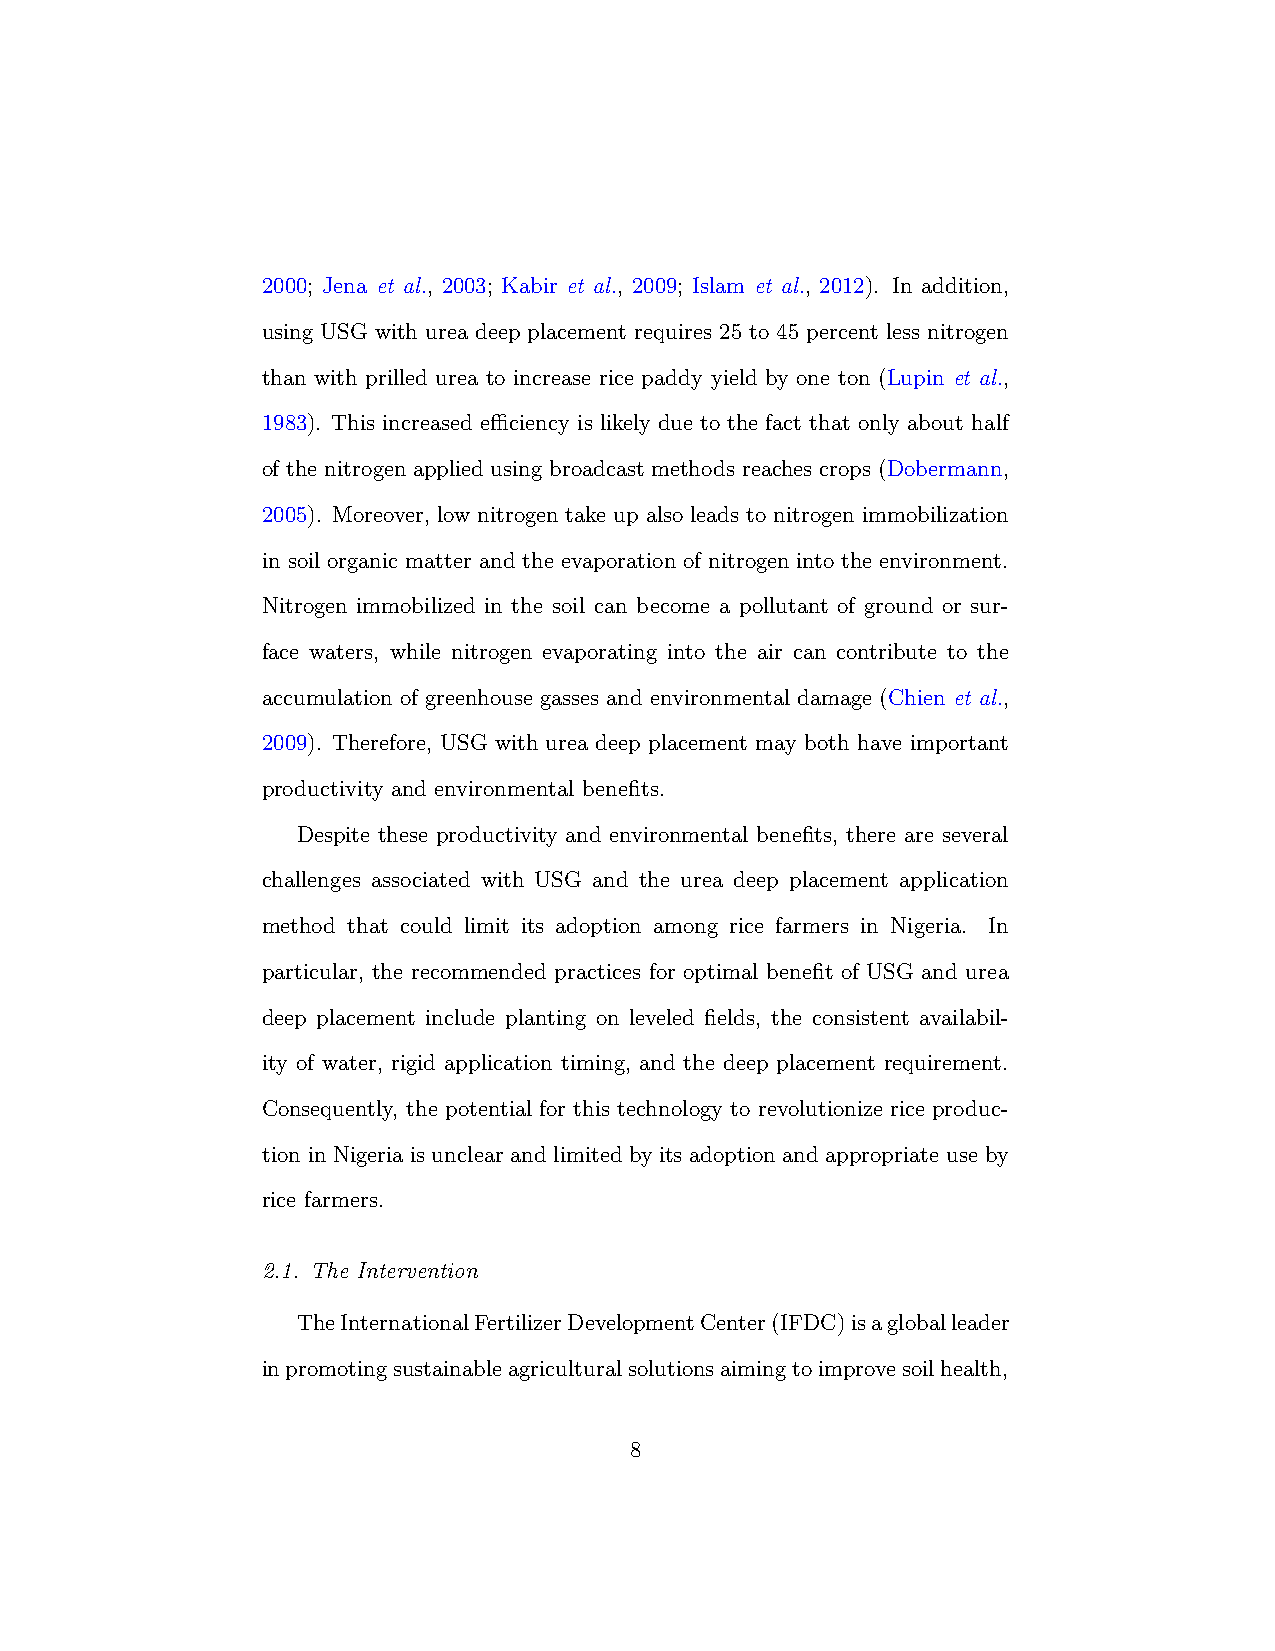
2000; Jena et al., 2003; Kabir et al., 2009; Islam et al., 2012). In addition,
 using USG with urea deep placement requires 25 to 45 percent less nitrogen
 than with prilled urea to increase rice paddy yield by one ton (Lupin et al.,
 1983). This increased efficiency is likely due to the fact that only about half
 of the nitrogen applied using broadcast methods reaches crops (Dobermann,
 2005). Moreover, low nitrogen take up also leads to nitrogen immobilization
 in soil organic matter and the evaporation of nitrogen into the environment.
 Nitrogen immobilized in the soil can become a pollutant of ground or sur-
 face waters, while nitrogen evaporating into the air can contribute to the
 accumulation of greenhouse gasses and environmental damage (Chien et al.,
 2009). Therefore, USG with urea deep placement may both have important
 productivity and environmental benefits.
 Despite these productivity and environmental benefits, there are several
 challenges associated with USG and the urea deep placement application
 method that could limit its adoption among rice farmers in Nigeria. In
 particular, the recommended practices for optimal benefit of USG and urea
 deep placement include planting on leveled fields, the consistent availabil-
 ity of water, rigid application timing, and the deep placement requirement.
 Consequently, the potential for this technology to revolutionize rice produc-
 tion in Nigeria is unclear and limited by its adoption and appropriate use by
 rice farmers.
 2.1. The Intervention
 TheInternationalFertilizerDevelopmentCenter(IFDC)isagloballeader
 inpromotingsustainableagriculturalsolutionsaimingtoimprovesoilhealth,
 8